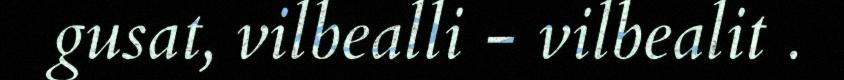
gusat, vilbealli - vilbealit .